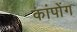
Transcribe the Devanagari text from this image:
कांपोंग